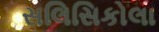
સલિસિકોલા